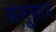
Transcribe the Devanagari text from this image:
अनुसार